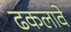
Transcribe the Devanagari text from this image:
ढकलावे